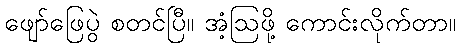
ဖျော်ဖြေပွဲ စတင်ပြီ။ အံ့ဩဖို့ ကောင်းလိုက်တာ။